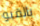
بالقبو